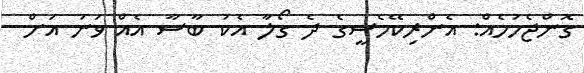
ގޮންޖެހުމެއް: އެންރިކޭމެސީގެ ދެ ގޯލާ އެކު ބާސާ އެއް ވަނަ އަށް